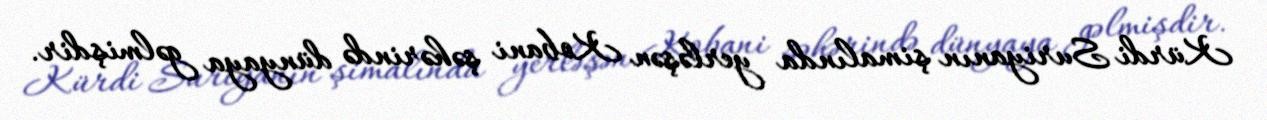
Kürdi Suriyanın şimalında yerləşən Kobani şəhərində dünyaya gəlmişdir.